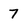
Character: 7